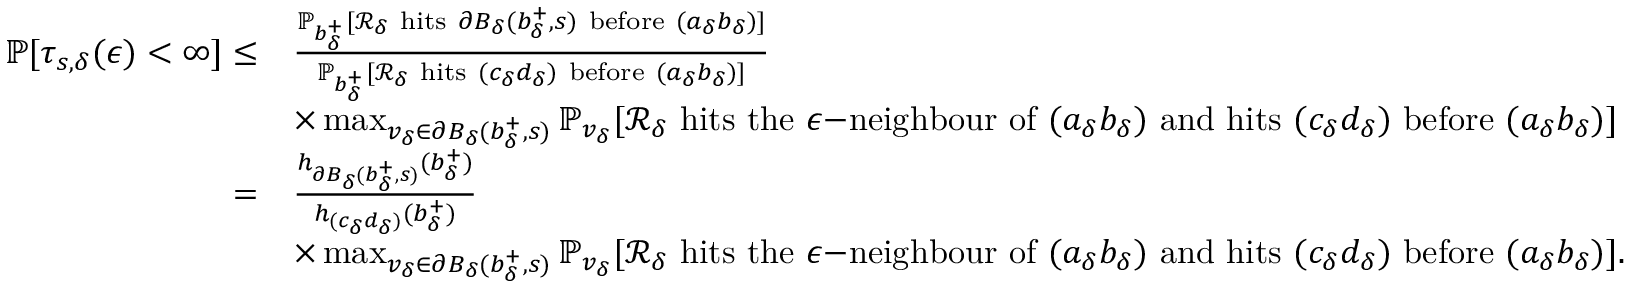
\begin{array} { r l } { \mathbb { P } [ \tau _ { s , \delta } ( \epsilon ) < \infty ] \le } & { \frac { \mathbb { P } _ { b _ { \delta } ^ { + } } [ \mathcal { R } _ { \delta } \mathrm { ~ h i t s ~ } \partial B _ { \delta } ( b _ { \delta } ^ { + } , s ) \mathrm { ~ b e f o r e ~ } ( a _ { \delta } b _ { \delta } ) ] } { \mathbb { P } _ { b _ { \delta } ^ { + } } [ \mathcal { R } _ { \delta } \mathrm { ~ h i t s ~ } ( c _ { \delta } d _ { \delta } ) \mathrm { ~ b e f o r e ~ } ( a _ { \delta } b _ { \delta } ) ] } } \\ & { \times \operatorname* { m a x } _ { v _ { \delta } \in \partial B _ { \delta } ( b _ { \delta } ^ { + } , s ) } \mathbb { P } _ { v _ { \delta } } [ \mathcal { R } _ { \delta } \mathrm { ~ h i t s ~ t h e ~ } \epsilon \mathrm { - n e i g h b o u r ~ o f ~ } ( a _ { \delta } b _ { \delta } ) \mathrm { ~ a n d ~ h i t s ~ } ( c _ { \delta } d _ { \delta } ) \mathrm { ~ b e f o r e ~ } ( a _ { \delta } b _ { \delta } ) ] } \\ { = } & { \frac { h _ { \partial B _ { \delta } ( b _ { \delta } ^ { + } , s ) } ( b _ { \delta } ^ { + } ) } { h _ { ( c _ { \delta } d _ { \delta } ) } ( b _ { \delta } ^ { + } ) } } \\ & { \times \operatorname* { m a x } _ { v _ { \delta } \in \partial B _ { \delta } ( b _ { \delta } ^ { + } , s ) } \mathbb { P } _ { v _ { \delta } } [ \mathcal { R } _ { \delta } \mathrm { ~ h i t s ~ t h e ~ } \epsilon \mathrm { - n e i g h b o u r ~ o f ~ } ( a _ { \delta } b _ { \delta } ) \mathrm { ~ a n d ~ h i t s ~ } ( c _ { \delta } d _ { \delta } ) \mathrm { ~ b e f o r e ~ } ( a _ { \delta } b _ { \delta } ) ] . } \end{array}